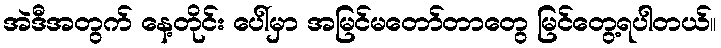
အဲဒီအတွက် နေ့တိုင်း ပေါ်မှာ အမြင်မတော်တာတွေ မြင်တွေ့ရပါတယ်။